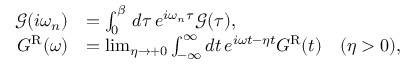
\begin{array} { r l } { \mathcal { G } ( i \omega _ { n } ) } & { = \int _ { 0 } ^ { \beta } \, d \tau \, e ^ { i \omega _ { n } \tau } \mathcal { G } ( \tau ) , } \\ { G ^ { \mathrm { R } } ( \omega ) } & { = \operatorname* { l i m } _ { \eta \rightarrow + 0 } \int _ { - \infty } ^ { \infty } d t \, e ^ { i \omega t - \eta t } G ^ { \mathrm { R } } ( t ) \ \ \ ( \eta > 0 ) , } \end{array}